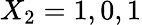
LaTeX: X_{2}=1,0,1